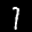
Label: 1